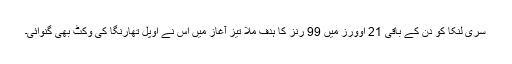
سری لنکا کو دن کے باقی 21 اوورز میں 99 رنز کا ہدف ملا تیز آغاز میں اس نے اوپل تھارنگا کی وکٹ بھی گنوائی۔